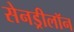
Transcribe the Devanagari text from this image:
सेनड्रीलॉन